system: You are a helpful assistant.
user:
Analyze the provided spectrum to determine if it is a **S-type Star**.

- **Key Indicators for S-type Star:**

    - **(Overall Spectrum Shape):** The first and most obvious characteristic is the overall continuum (the "baseline" shape). It is **extremely "red-sloping,"** meaning the flux (light intensity) is very low on the left side (blue, ~4000-4500 Å) and rises steeply and continuously toward the right side (red, ~7000 Å+).

    - **(Primary):** The spectrum is defined by the presence of strong, broad molecular absorption "valleys" (bands) from **Zirconium Oxide (ZrO)**. The identification of these bands is the **primary requirement** for classifying a star as S-type.
        - **(Key Bandheads):** You must find distinct, deep "dips" where the light has been absorbed. The most critical band systems to locate are:
            - **~6474 Å** ($\gamma$-system): This is often the strongest and clearest ZrO feature, found in the red part of the spectrum.
            - **~5718 Å** & **~5551 Å** ($\beta$-system): A pair of prominent absorption features in the yellow-orange part of the spectrum.
            - **~4640 Å** ($\alpha$-system): A key absorption band system in the blue-green region of the spectrum.

    - **(Secondary Confirmation):** The classification is strengthened by finding additional absorption bands from other related heavy element oxides, which are expected to be present alongside ZrO.
        - **(Key Bandheads):**
            - **Yttrium Oxide (YO):** Look for absorption dips near **~4800 Å** and **~6100 Å**.
            - **Lanthanum Oxide (LaO):** Additional absorption features, particularly in the red-orange part of the spectrum, are also characteristic.

    - **(Line Profile):** The combination of the steep red continuum and these numerous, deep molecular bands (ZrO, YO, etc.) gives the entire spectrum a very **"chopped-up"** or **"bumpy"** appearance. Instead of a smooth curve, the spectrum looks as though large, wide chunks of light have been "carved out" of it at the specific wavelengths listed above.

Think first, call **spectral_visualization_tool** if needed to examine features in detail, then provide your final answer. Your response must adhere to the following strict rules:
1.  **Overall Structure:** Your response must follow the format `<think>...</think> <tool_call>...</tool_call> (if a tool is used) <answer>...</answer>`.
2.  **Tool Usage Constraint:** You may only make **one** tool call per turn.
3.  **Final Answer Format:** In the `<answer>` tag, your conclusion must be inside a `\boxed{}` command (e.g., `\boxed{YES}` or `\boxed{NO}`), followed by your justification.

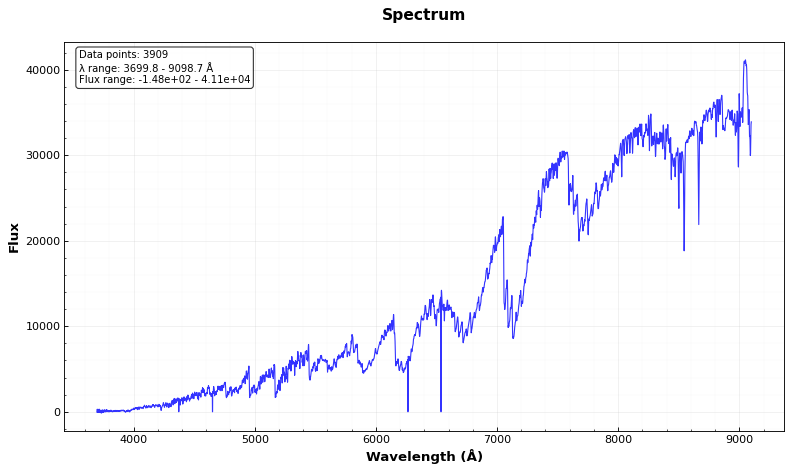
Answer: YES